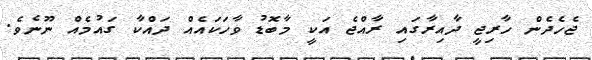
ޖެހެދެން ހާރިޖީ ދާއިރާގައި ރާއްޖެ އަކީ މާބޮޑު ވާހަކައެއް ދައްކާ ގައުމެއް ނޫނެވެ.